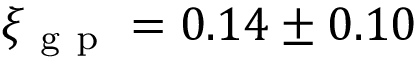
\xi _ { \mathrm { ~ g ~ p ~ } } = 0 . 1 4 \pm 0 . 1 0